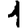
Digit: 1